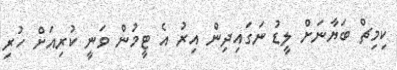
ކިމިޗް ބަޔާނަށް ލީޑު ނަގައިދިން އިރު އެ ޓީމުން ވަނީ ކުރިއަށް ހުރި